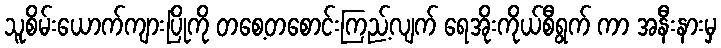
သူစိမ်းယောက်ကျားပြိုကို တစေ့တစောင်းကြည့်လျက် ရေအိုးကိုယ်စီရွက် ကာ အနီးနားမှ